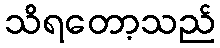
သိရတော့သည်